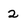
Character: 2